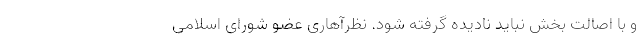
و با اصالت بخش نباید نادیده گرفته شود. نظرآهاری عضو شورای اسلامی